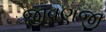
જીવણજી